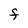
Character: F